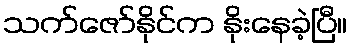
သက်ဇော်နိုင်က နိုးနေခဲ့ပြီ။